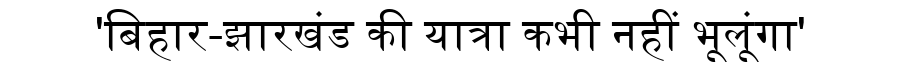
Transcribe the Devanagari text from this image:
'बिहार-झारखंड की यात्रा कभी नहीं भूलूंगा'